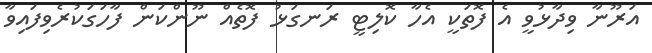
އަރޫނާ ވިދާޅުވީ އެ ފޮތަކީ އެހާ ކޮލިޓީ ރަނގަޅު ފޮތެއް ނޫންކަން ފާހަގަކުރެވިފައިވާ